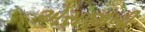
એસજીબી